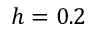
h = 0 . 2